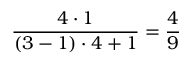
\frac { 4 \cdot 1 } { ( 3 - 1 ) \cdot 4 + 1 } = \frac { 4 } { 9 }